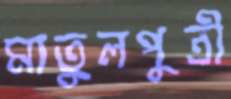
মাতুলপুত্রী